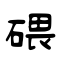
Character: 碨